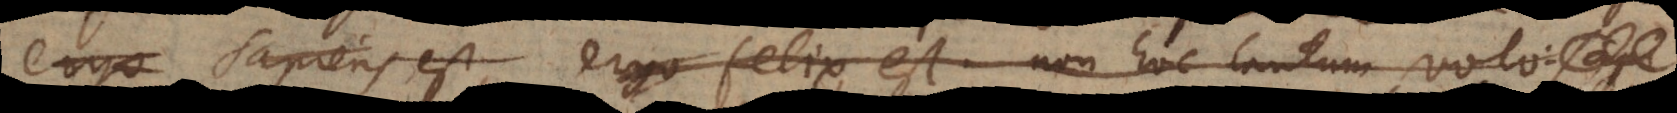
ergo Sapiens est, ergo felix est, non hoc tantum volo